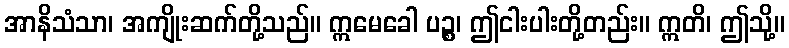
အာနိသံသာ၊ အကျိုးဆက်တို့သည်။ ဣမေခေါ ပဉ္စ၊ ဤငါးပါးတို့တည်း။ ဣတိ၊ ဤသို့။